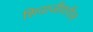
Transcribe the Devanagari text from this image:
शिवाजीवरील